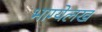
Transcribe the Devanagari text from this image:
भाग्येलख